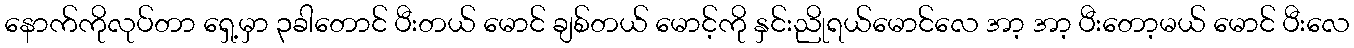
နောက်ကိုလုပ်တာ ရှေ့မှာ ၃ခါတောင် ပီးတယ် မောင် ချစ်တယ် မောင့်ကို နှင်းညိုရယ်မောင်လေ အာ့ အာ့ ပီးတော့မယ် မောင် ပီးလေ